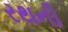
રથની